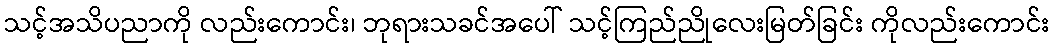
သင့်အသိပညာကို လည်းကောင်း၊ ဘုရားသခင်အပေါ် သင့်ကြည်ညိုလေးမြတ်ခြင်း ကိုလည်းကောင်း